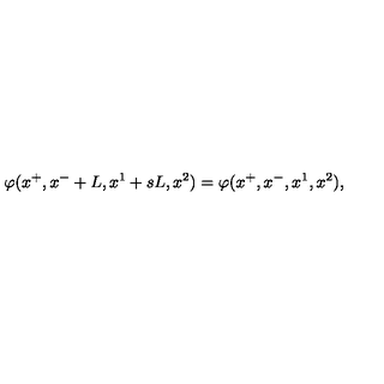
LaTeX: \varphi ( x ^ { + } , x ^ { - } + L , x ^ { 1 } + s L , x ^ { 2 } ) = \varphi ( x ^ { + } , x ^ { - } , x ^ { 1 } , x ^ { 2 } ) ,